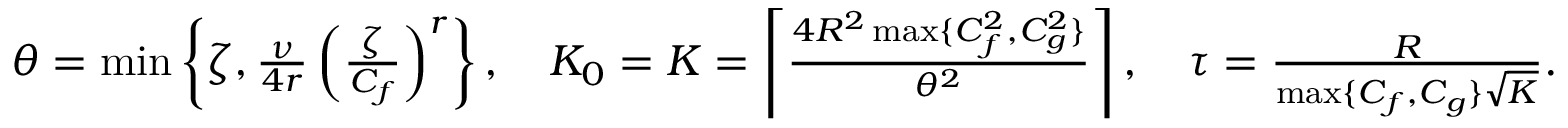
\begin{array} { r } { \theta = \operatorname* { m i n } \left\{ \zeta , \frac { \nu } { 4 r } \left( \frac { \zeta } { C _ { f } } \right) ^ { r } \right\} , \quad K _ { 0 } = K = \left\lceil \frac { 4 R ^ { 2 } \operatorname* { m a x } \{ C _ { f } ^ { 2 } , C _ { g } ^ { 2 } \} } { \theta ^ { 2 } } \right\rceil , \quad \tau = \frac { R } { \operatorname* { m a x } \{ C _ { f } , C _ { g } \} \sqrt { K } } . } \end{array}